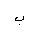
Letter: _ba